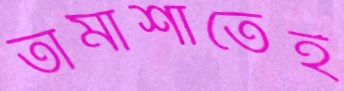
তামাশাতেই